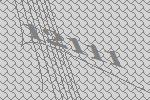
12111